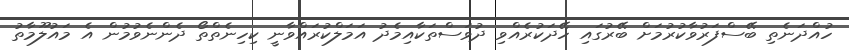
ހުއްދަނެތި ބޭސްފަރުވާކުރުމަށް ބޭރުގައި ހޭދަކުރެއްވި ދުވަސްތަކާއިމެދު އަމަލްކުރައްވާނީ ކިހިނެތްތޯ ދެންނެވުމުން އެ މައުލޫމާތު